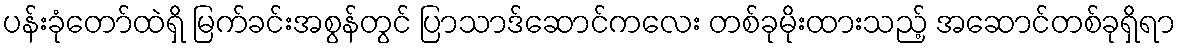
ပန်းခုံတော်ထဲရှိ မြက်ခင်းအစွန်တွင် ပြာသာဒ်ဆောင်ကလေး တစ်ခုမိုးထားသည့် အဆောင်တစ်ခုရှိရာ